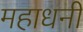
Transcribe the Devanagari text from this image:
महाधनी